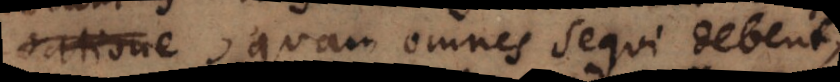
ratione, quam omnes sequi debent,